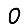
Digit: 0